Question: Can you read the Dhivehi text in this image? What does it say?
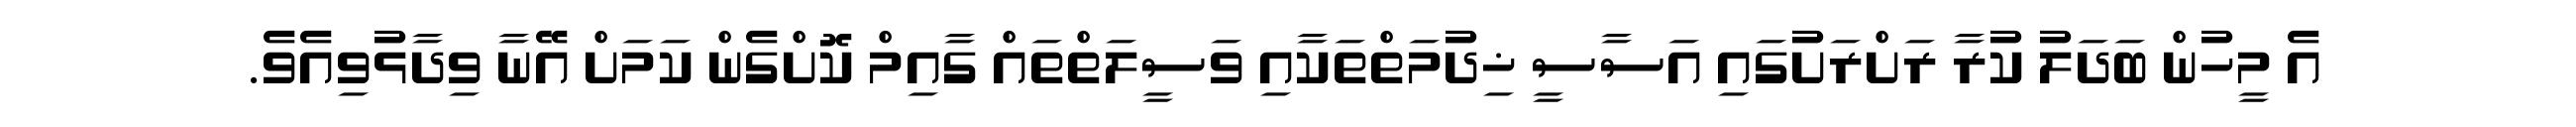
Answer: އެ މީހުން ބަދަލު ކުރާ ރަށްރަށުގައި އަސާސީ ޚިދުމަތްތަކާއި ވަސީލަތްތައް ގާއިމް ކޮށްގެން ކަމަށް އޭނާ ވިދާޅުވިއެވެ.